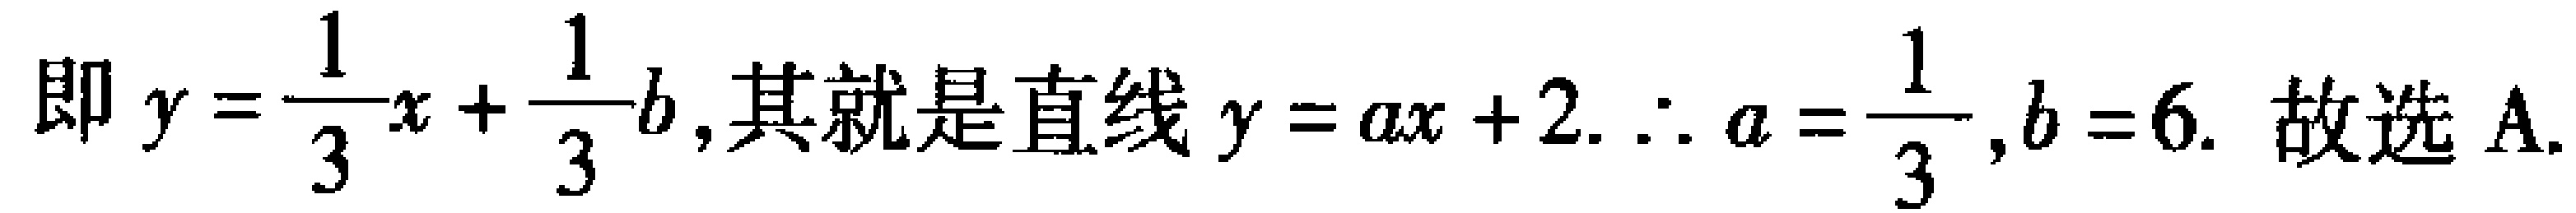
即 \(y = \frac{1}{3}x+\frac{1}{3}b\), 其就是直线 \(y = ax + 2.\ \therefore a=\frac{1}{3},b = 6.\ 故选A.\)